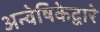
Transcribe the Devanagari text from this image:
अन्वेषिकेद्वारे